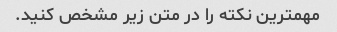
مهمترین نکته را در متن زیر مشخص کنید.